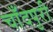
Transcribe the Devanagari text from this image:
चाँदपुरी